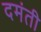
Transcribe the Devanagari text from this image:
दमंती